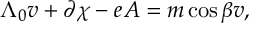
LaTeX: \Lambda _ { 0 } v + \partial \chi - e A = m \cos { \beta } v ,